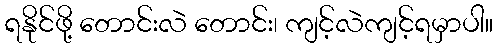
ရနိုင်ဖို့ တောင်းလဲ တောင်း၊ ကျင့်လဲကျင့်ရမှာပါ။